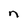
Character: n